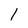
Character: 1